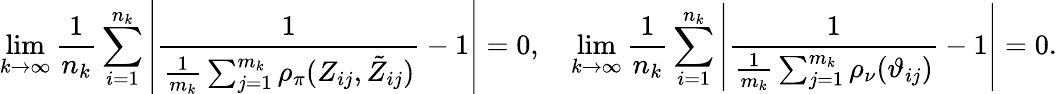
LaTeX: \operatorname*{lim}_{k\rightarrow\infty}\frac{1}{n_{k}}\sum_{i=1}^{n_{k}}\left|\frac{1}{\frac{1}{m_{k}}\sum_{j=1}^{m_{k}}\rho_{\pi}(Z_{ij},\tilde{Z}_{ij})}-1\right|=0,\quad\operatorname*{lim}_{k\rightarrow\infty}\frac{1}{n_{k}}\sum_{i=1}^{n_{k}}\left|\frac{1}{\frac{1}{m_{k}}\sum_{j=1}^{m_{k}}\rho_{\nu}(\vartheta_{ij})}-1\right|=0.